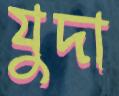
যুদা